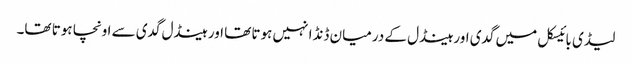
لیڈی بائیسکل میں گدی اور ہینڈل کے درمیان ڈنڈا نہیں ہوتا تھا اور ہینڈل گدی سے اونچا ہوتا تھا۔